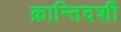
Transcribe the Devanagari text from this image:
क्रान्तिदर्शी